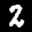
Label: 2